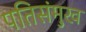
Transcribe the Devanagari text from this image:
पतिसंमुख